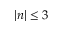
| n | \le 3